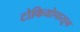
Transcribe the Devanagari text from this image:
टोकियोपासून